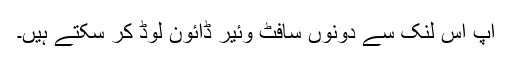
آپ اس لنک سے دونوں سافٹ وئیر ڈائون لوڈ کر سکتے ہیں۔